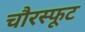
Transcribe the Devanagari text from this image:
चौरस्फूट